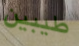
طيبين